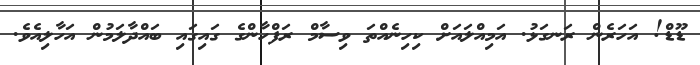
ޑޫޑް! އަހަރެން ރަނގަޅު. އަމިއްލައަށް ކިހިނެއްތަ ވިސާމް ރަފްހާންގެ ގައިގައި ބައްދާލަމުން އަހާލިއެވެ.